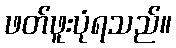
ဖတ်ဖူးပုံရသည်။